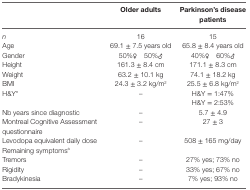
|  | Older adults | Parkinson’s disease patients |
 | --- | --- | --- |
 | n | 16 | 15 |
 | Age | 69.1 ± 7.5 years old | 65.8 ± 8.4 years old |
 | Gender | 50%♀ 50%♂ | 40%♀ 60%♂ |
 | Height | 161.3 ± 8.4 cm | 171.1 ± 8.3 cm |
 | Weight | 63.2 ± 10.1 kg | 74.1 ± 18.2 kg |
 | BMI | 24.3 ± 3.2 kg/m2 | 25.5 ± 6.8 kg/m2 |
 | <ROWSPAN=2> H&Y* | <ROWSPAN=2> – | H&Y = 1:47% |
 | H&Y = 2:53% |
 | Nb years since diagnostic | – | 5.7 ± 4.9 |
 | Montreal Cognitive Assessment questionnaire | – | 27 ± 3 |
 | Levodopa equivalent daily dose | – | 508 ± 165 mg/day |
 | Remaining symptomsa |  |  |
 | Tremors | – | 27% yes; 73% no |
 | Rigidity | – | 33% yes; 67% no |
 | Bradykinesia | – | 7% yes; 93% no |